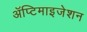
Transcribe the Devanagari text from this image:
ॲप्टिमाइजेशन